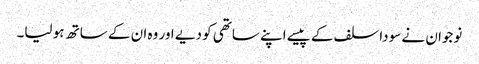
نوجوان نے سودا سلف کے پیسے اپنے ساتھی کو دیے اور وہ ان کے ساتھ ہو لیا۔